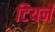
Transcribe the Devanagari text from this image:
टियर्ने